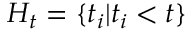
H _ { t } = \{ t _ { i } | t _ { i } < t \}